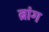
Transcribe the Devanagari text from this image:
ब्रांग